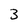
Character: 3